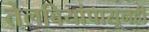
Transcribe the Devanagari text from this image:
तेलबियांपासूनही